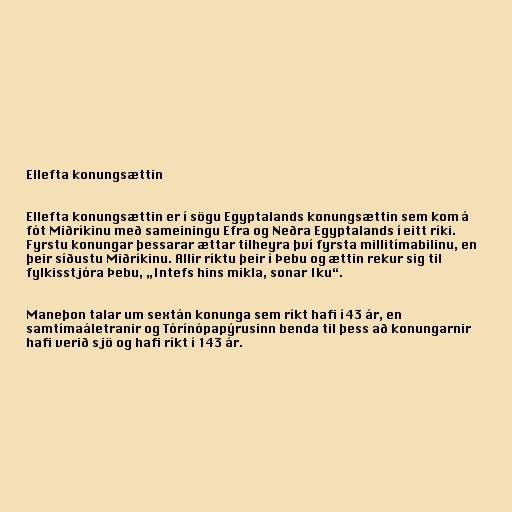
Ellefta konungsættin

Ellefta konungsættin er í sögu Egyptalands konungsættin sem kom á
fót Miðríkinu með sameiningu Efra og Neðra Egyptalands í eitt ríki.
Fyrstu konungar þessarar ættar tilheyra því fyrsta millitímabilinu, en
þeir síðustu Miðríkinu. Allir ríktu þeir í Þebu og ættin rekur sig til
fylkisstjóra Þebu, „Intefs hins mikla, sonar Iku“.

Maneþon talar um sextán konunga sem ríkt hafi í 43 ár, en
samtímaáletranir og Tórínópapýrusinn benda til þess að konungarnir
hafi verið sjö og hafi ríkt í 143 ár.